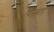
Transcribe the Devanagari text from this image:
विस्त्रार